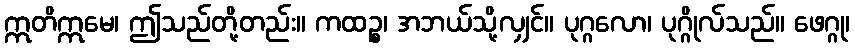
ဣတိဣမေ၊ ဤသည်တို့တည်း။ ကထဉ္စ၊ အဘယ်သို့လျှင်။ ပုဂ္ဂလော၊ ပုဂ္ဂိုလ်သည်။ ဖေဂ္ဂု၊